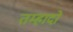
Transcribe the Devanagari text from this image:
तम्हादो